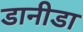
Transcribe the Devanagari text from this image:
डानीडा